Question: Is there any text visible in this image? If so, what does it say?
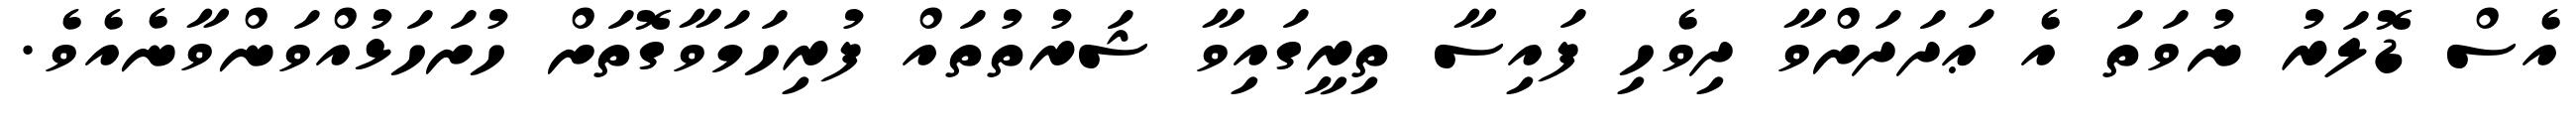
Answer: އެސް ޑޮލަރު ނުވަތަ އެ ޢަދަދަށްވާ ދިވެހި ފައިސާ ތިރީގައިވާ ޝަރުތުތައް ފުރިހަމަވާގޮތަށް ހުށަހަޅުއްވަންވާނެއެވެ.